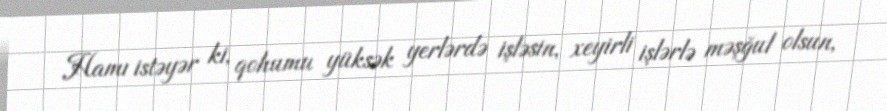
Hamı istəyər ki, qohumu yüksək yerlərdə işləsin, xeyirli işlərlə məşğul olsun,